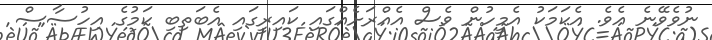
ނުވެވޭނެ އެވެ. އެކަމަކު އެމީހުން ވެސް އެއްރަށެއްގައި ކައިރީގައި އެބަތިބި ކަމުގެ އިހުސާސް